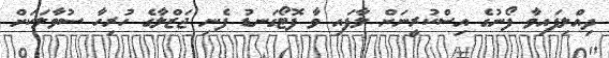
ދިއްލިފައިވާ ފޯނުގެ އިސްކުރީނަށް ލާފައި ވާ ފޮޓޯގަނޑު ފެނި ޖަޒްލާގެ ހުރިހާ ސުވާލަކަށް